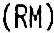
(RM)